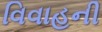
વિવાહની